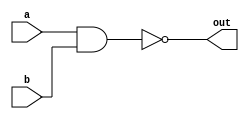
module nand_gate(input wire a, b, output wire out);
  assign out = ~(a & b);
endmodule